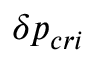
\delta p _ { c r i }